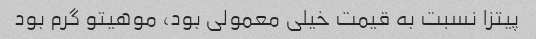
پیتزا نسبت به قیمت خیلی معمولی بود، موهیتو گرم بود